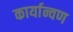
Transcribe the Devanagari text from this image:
कार्यान्वण